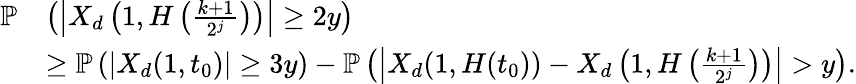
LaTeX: \begin{array}{rl}{\mathbb{P}}&{\left(\left|X_{d}\left(1,H\left(\frac{k+1}{2^{j}}\right)\right)\right|\geq 2y\right)}\\ &{\geq\mathbb{P}\left(\left|X_{d}(1,t_{0})\right|\geq 3y\right)-\mathbb{P}\left(\left|X_{d}(1,H(t_{0}))-X_{d}\left(1,H\left(\frac{k+1}{2^{j}}\right)\right)\right|>y\right).}\end{array}